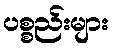
ပစ္စည်းများ